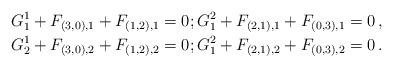
LaTeX: \begin{align*}G_1^1 + F_{(3,0),1} + F_{(1,2),1} = 0 ; G_1^2 + F_{(2,1),1} + F_{(0,3),1} = 0 \, , \\G_2^1 + F_{(3,0),2} + F_{(1,2),2} = 0 ; G_1^2 + F_{(2,1),2} + F_{(0,3),2} = 0 \, .\end{align*}